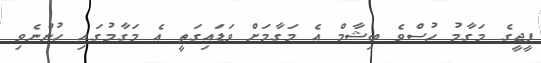
ޕީޖީގެ މަގާމު ހުސްވެ ބިޝާމް އެ މަގާމަށް ވަޑައިގަތީ އެ މަގާމުގައި ހުންނެވި